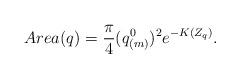
LaTeX: \begin{align*}Area(q) ={\pi \over 4} (q^0_{(m)})^2e^{-K(Z_q)}.\end{align*}